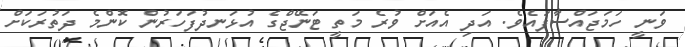
ވަނީ ހަމަޖައްސާފައެވެ. އަދި އެއަށް ވުރެ މަތީ ޓަނޭޖްގެ އުޅަނދުފަހަރުން ކޮންމެ ދަތުރަކަށް